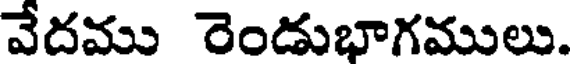
వేదము రెండుభాగములు.